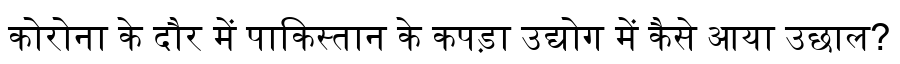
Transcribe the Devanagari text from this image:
कोरोना के दौर में पाकिस्तान के कपड़ा उद्योग में कैसे आया उछाल?